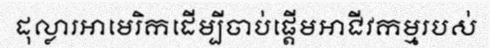
ដុល្លារអាមេរិកដើម្បីចាប់ផ្តើមអាជីវកម្មរបស់